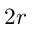
2 r